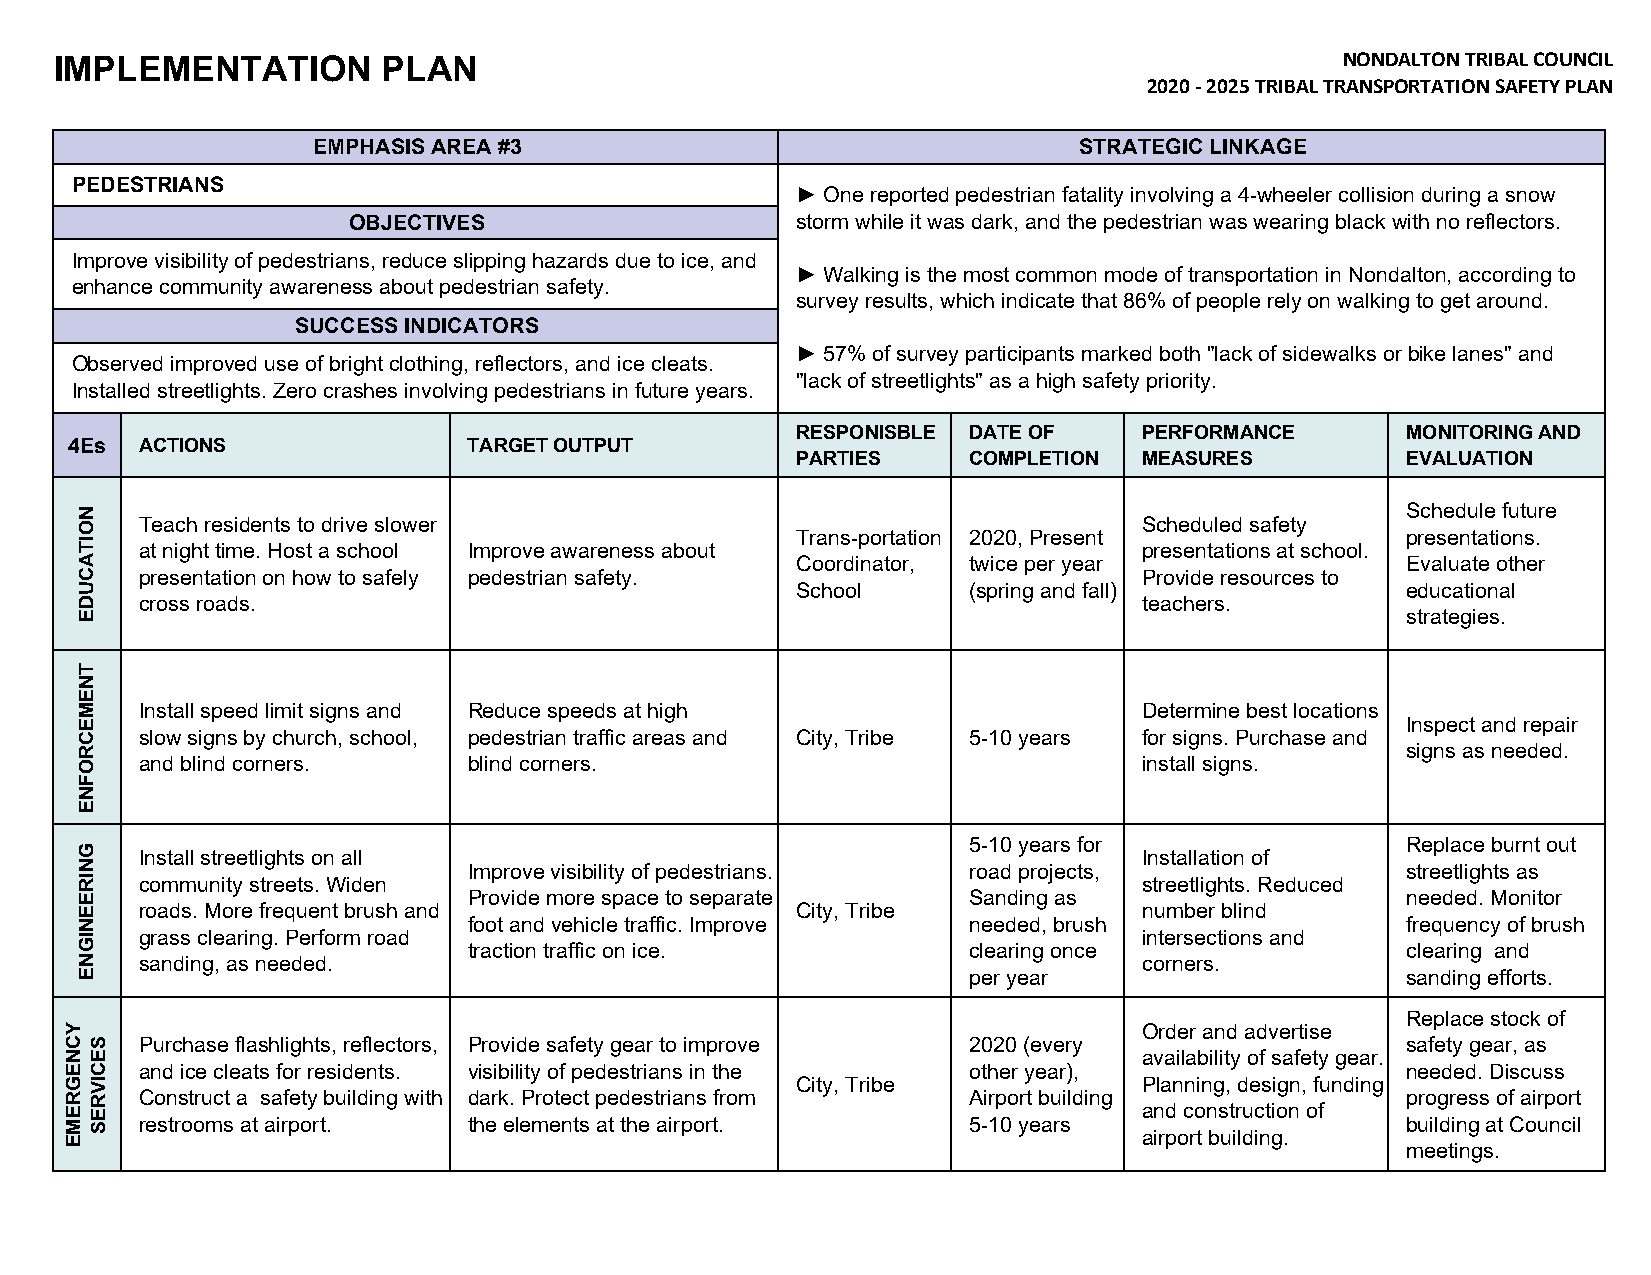
IMPLEMENTATION       PLAN                                                            NONDALTON TRIBAL COUNCIL
 2020 ‐ 2025 TRIBAL TRANSPORTATION SAFETY PLAN
 EMPHASIS AREA #3                                  STRATEGIC LINKAGE
 PEDESTRIANS
 ► One reported pedestrian fatality involving a 4-wheeler collision during a snow
 OBJECTIVES                    storm while it was dark, and the pedestrian was wearing black with no reflectors.
 Improve visibility of pedestrians, reduce slipping hazards due to ice, and
 ► Walking is the most common mode of transportation in Nondalton, according to
 enhance community awareness about pedestrian safety.
 survey results, which indicate that 86% of people rely on walking to get around.
 SUCCESS INDICATORS
 ► 57% of survey participants marked both "lack of sidewalks or bike lanes" and
 Observed improved use of bright clothing, reflectors, and ice cleats.
 "lack of streetlights" as a high safety priority.
 Installed streetlights. Zero crashes involving pedestrians in future years.
 RESPONISBLE DATE OF    PERFORMANCE      MONITORING AND
 4Es ACTIONS               TARGET OUTPUT
 PARTIES    COMPLETION  MEASURES         EVALUATION
 Schedule future
 Teach residents to drive slower                                    Scheduled safety
 Trans-portation 2020, Present           presentations.
 at night time. Host a school Improve awareness about               presentations at school.
 Coordinator, twice per year             Evaluate other
 presentation on how to safely pedestrian safety.                   Provide resources to
 School     (spring and fall)            educational
 cross roads.                                                       teachers.
 strategies.
 Install speed limit signs and Reduce speeds at high                Determine best locations
 Inspect and repair
 slow signs by church, school, pedestrian traffic areas and City, Tribe 5-10 years for signs. Purchase and
 signs as needed.
 and blind corners.    blind corners.                               install signs.
 5-10 years for               Replace burnt out
 Install streetlights on all                                        Installation of
 Improve visibility of pedestrians. road projects,             streetlights as
 community streets. Widen                                           streetlights. Reduced
 Provide more space to separate   Sanding as                   needed. Monitor
 roads. More frequent brush and              City, Tribe            number blind
 foot and vehicle traffic. Improve needed, brush               frequency of brush
 grass clearing. Perform road                                       intersections and
 traction traffic on ice.         clearing once                clearing and
 sanding, as needed.                                                corners.
 per year                     sanding efforts.
 Replace stock of
 Order and advertise
 Purchase flashlights, reflectors, Provide safety gear to improve 2020 (every        safety gear, as
 availability of safety gear.
 and ice cleats for residents. visibility of pedestrians in the other year),         needed. Discuss
 City, Tribe            Planning, design, funding
 Construct a safety building with dark. Protect pedestrians from Airport building    progress of airport
 and construction of
 restrooms at airport. the elements at the airport.     5-10 years                   building at Council
 airport building.
 meetings.
 YCNEGREME
 NOITACUDE
 TNEMECROFNE
 GNIREENIGNE
 SECIVRES